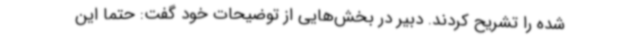
شده را تشریح کردند. دبیر در بخش‌هایی از توضیحات خود گفت: حتما این